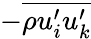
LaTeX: -\overline{{\rho{u_{i}^{\prime}}{u_{k}^{\prime}}}}